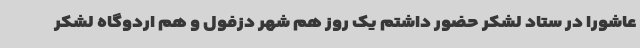
عاشورا در ستاد لشکر حضور داشتم یک روز هم شهر دزفول و هم اردوگاه لشکر